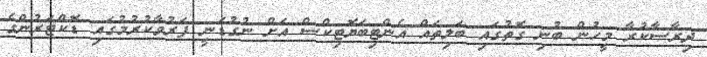
ދިރާސާކުރާ މީހުން ބުނި ގޮތުގައި ބަލިތައް އެންޓިބަޔޮޓިކްސް އަށް ނުގުޑަނީ ފަރުވާކުރުމުގައި ޑޮކްޓަރުންގެ